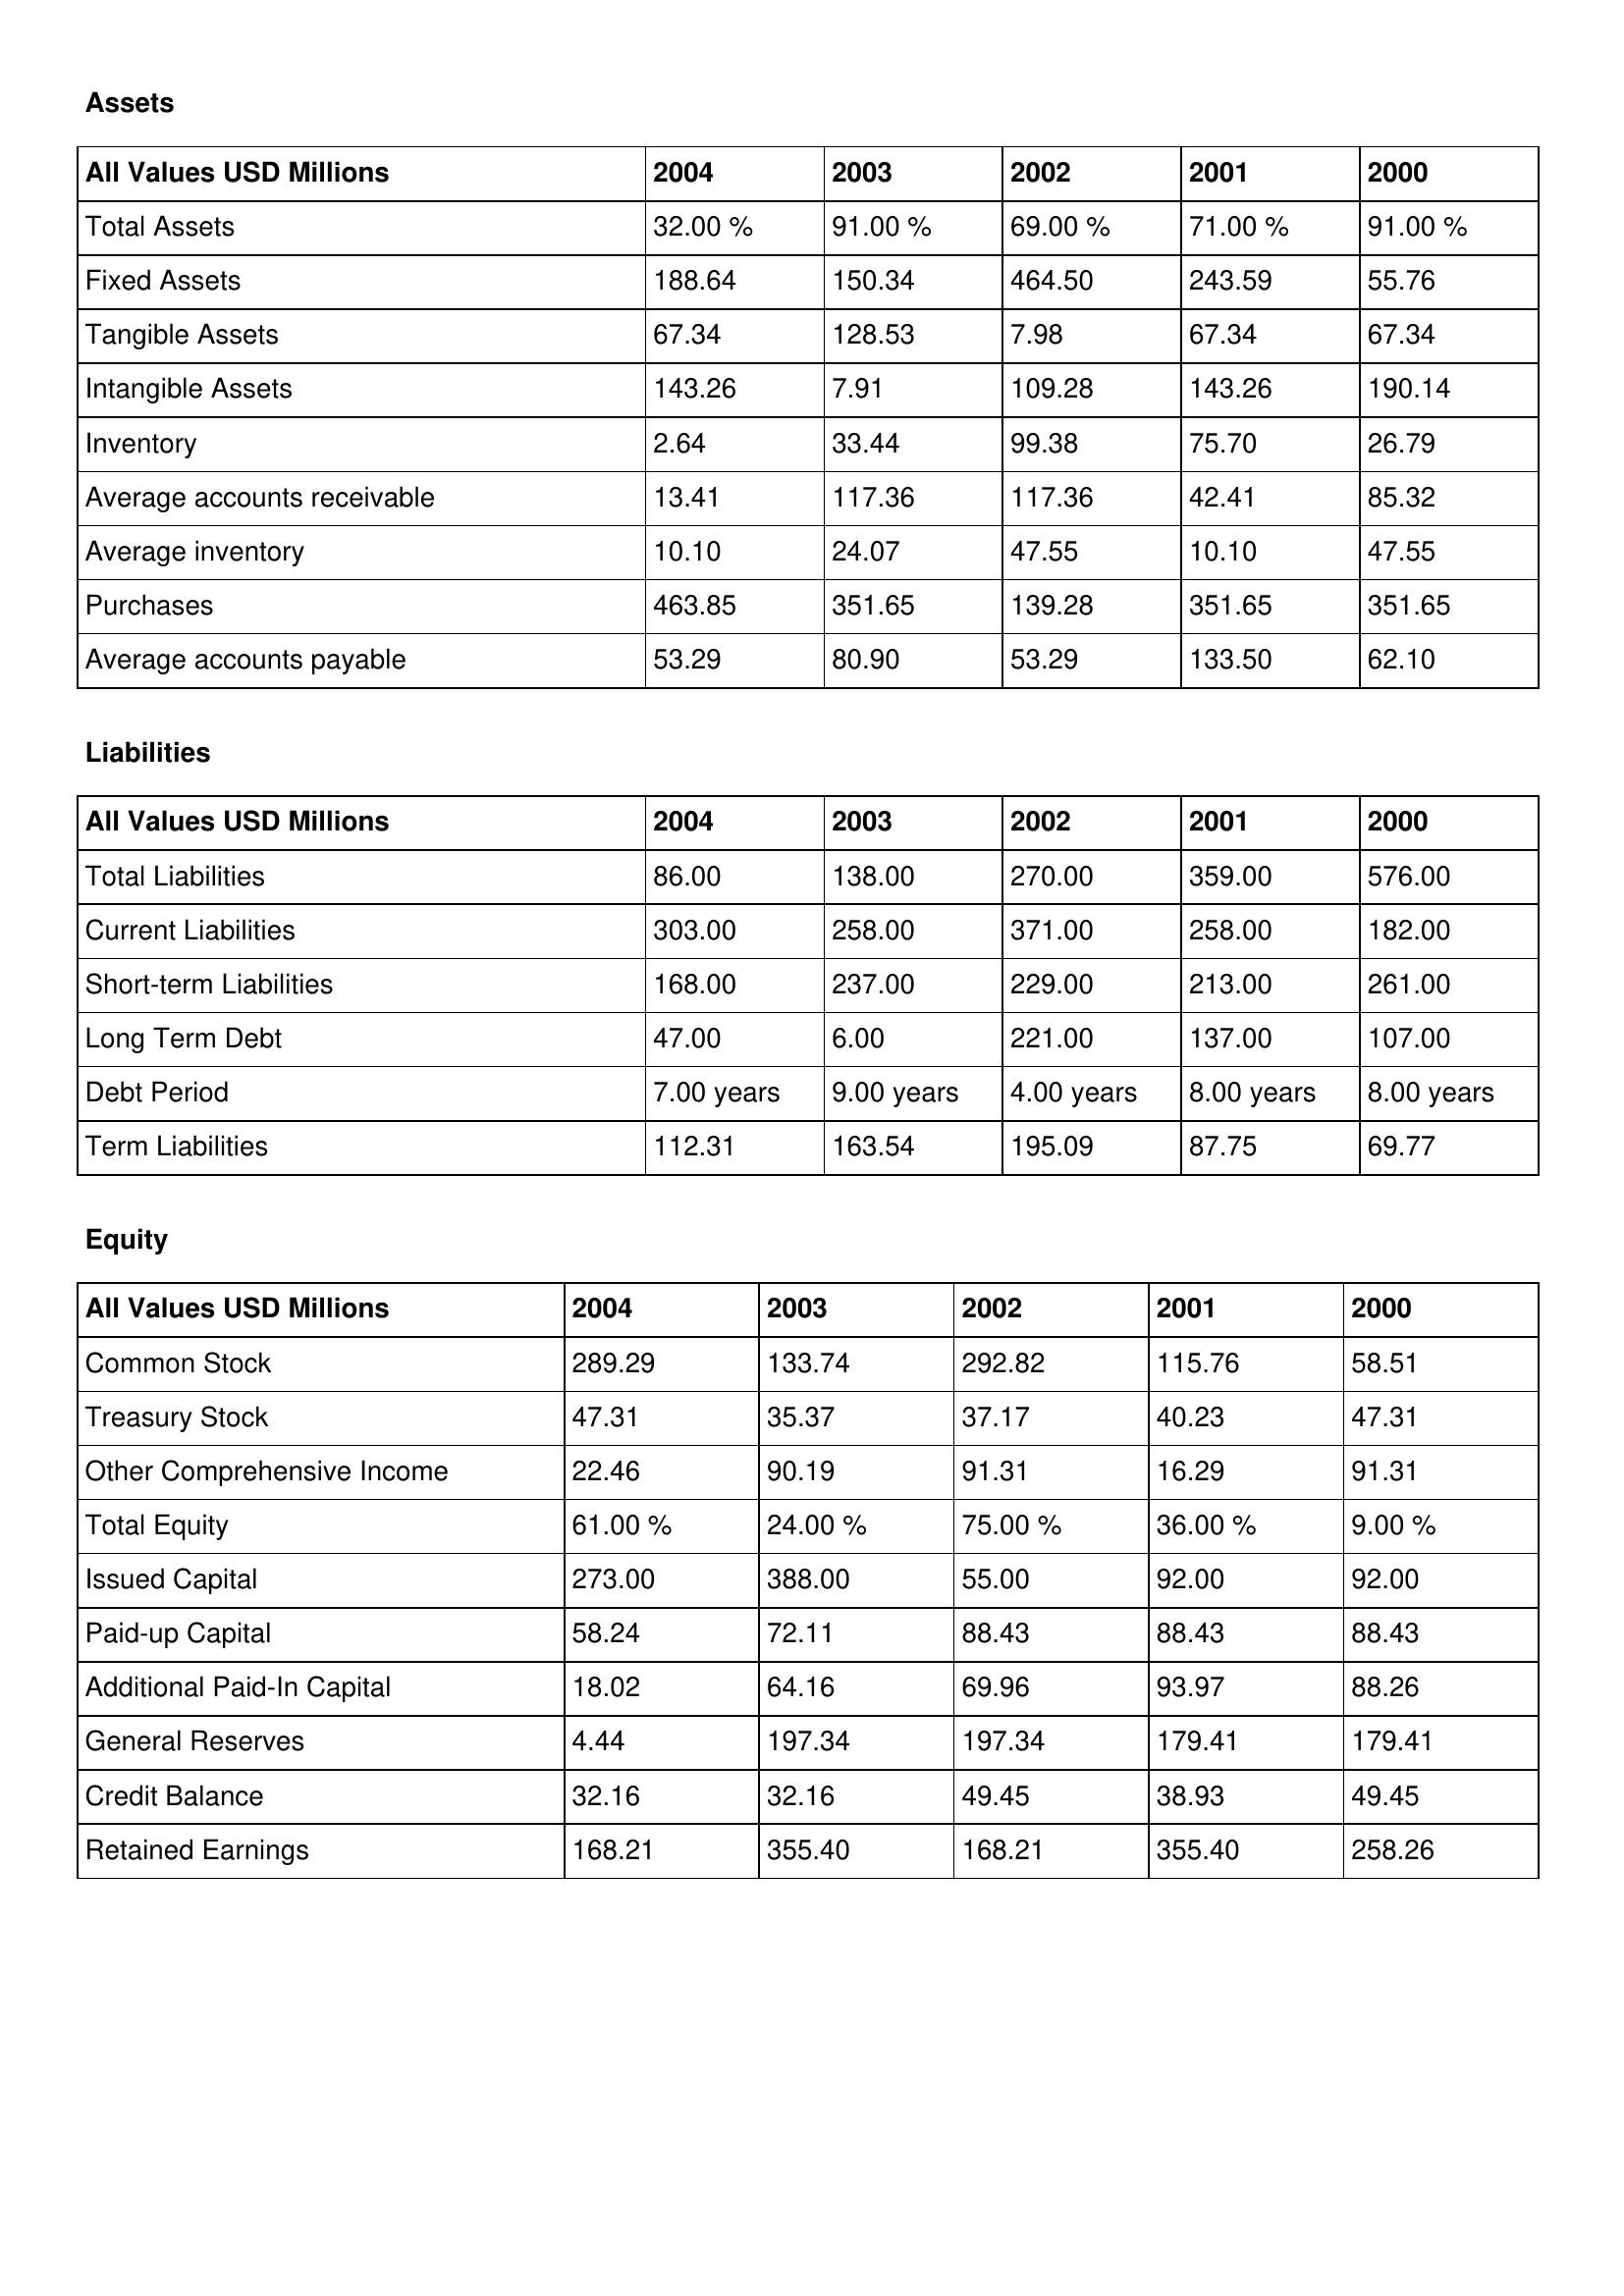
gt_parse: 2004: Assets: Total Assets: 32.00 %
Fixed Assets: 188.64
Tangible Assets: 67.34
Intangible Assets: 143.26
Inventory: 2.64
Average accounts receivable: 13.41
Average inventory: 10.10
Purchases: 463.85
Average accounts payable: 53.29
Liabilities: Total Liabilities: 86.00
Current Liabilities: 303.00
Short-term Liabilities: 168.00
Long Term Debt: 47.00
Debt Period: 7.00 years
Term Liabilities: 112.31
Equity: Common Stock: 289.29
Treasury Stock: 47.31
Other Comprehensive Income: 22.46
Total Equity: 61.00 %
Issued Capital: 273.00
Paid-up Capital: 58.24
Additional Paid-In Capital: 18.02
General Reserves: 4.44
Credit Balance: 32.16
Retained Earnings: 168.21
2003: Assets: Total Assets: 91.00 %
Fixed Assets: 150.34
Tangible Assets: 128.53
Intangible Assets: 7.91
Inventory: 33.44
Average accounts receivable: 117.36
Average inventory: 24.07
Purchases: 351.65
Average accounts payable: 80.90
Liabilities: Total Liabilities: 138.00
Current Liabilities: 258.00
Short-term Liabilities: 237.00
Long Term Debt: 6.00
Debt Period: 9.00 years
Term Liabilities: 163.54
Equity: Common Stock: 133.74
Treasury Stock: 35.37
Other Comprehensive Income: 90.19
Total Equity: 24.00 %
Issued Capital: 388.00
Paid-up Capital: 72.11
Additional Paid-In Capital: 64.16
General Reserves: 197.34
Credit Balance: 32.16
Retained Earnings: 355.40
2002: Assets: Total Assets: 69.00 %
Fixed Assets: 464.50
Tangible Assets: 7.98
Intangible Assets: 109.28
Inventory: 99.38
Average accounts receivable: 117.36
Average inventory: 47.55
Purchases: 139.28
Average accounts payable: 53.29
Liabilities: Total Liabilities: 270.00
Current Liabilities: 371.00
Short-term Liabilities: 229.00
Long Term Debt: 221.00
Debt Period: 4.00 years
Term Liabilities: 195.09
Equity: Common Stock: 292.82
Treasury Stock: 37.17
Other Comprehensive Income: 91.31
Total Equity: 75.00 %
Issued Capital: 55.00
Paid-up Capital: 88.43
Additional Paid-In Capital: 69.96
General Reserves: 197.34
Credit Balance: 49.45
Retained Earnings: 168.21
2001: Assets: Total Assets: 71.00 %
Fixed Assets: 243.59
Tangible Assets: 67.34
Intangible Assets: 143.26
Inventory: 75.70
Average accounts receivable: 42.41
Average inventory: 10.10
Purchases: 351.65
Average accounts payable: 133.50
Liabilities: Total Liabilities: 359.00
Current Liabilities: 258.00
Short-term Liabilities: 213.00
Long Term Debt: 137.00
Debt Period: 8.00 years
Term Liabilities: 87.75
Equity: Common Stock: 115.76
Treasury Stock: 40.23
Other Comprehensive Income: 16.29
Total Equity: 36.00 %
Issued Capital: 92.00
Paid-up Capital: 88.43
Additional Paid-In Capital: 93.97
General Reserves: 179.41
Credit Balance: 38.93
Retained Earnings: 355.40
2000: Assets: Total Assets: 91.00 %
Fixed Assets: 55.76
Tangible Assets: 67.34
Intangible Assets: 190.14
Inventory: 26.79
Average accounts receivable: 85.32
Average inventory: 47.55
Purchases: 351.65
Average accounts payable: 62.10
Liabilities: Total Liabilities: 576.00
Current Liabilities: 182.00
Short-term Liabilities: 261.00
Long Term Debt: 107.00
Debt Period: 8.00 years
Term Liabilities: 69.77
Equity: Common Stock: 58.51
Treasury Stock: 47.31
Other Comprehensive Income: 91.31
Total Equity: 9.00 %
Issued Capital: 92.00
Paid-up Capital: 88.43
Additional Paid-In Capital: 88.26
General Reserves: 179.41
Credit Balance: 49.45
Retained Earnings: 258.26